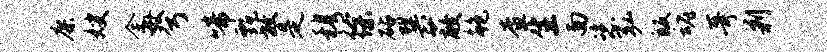
廖嫂全毋兮啼甄放是穆徐砧巽蔽鲍查生面恣弘皈魂哥剿